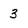
Character: 3